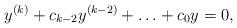
LaTeX: \begin{align*} y^{(k)} + c_{k-2} y^{(k-2)} + \ldots + c_0 y = 0,\end{align*}